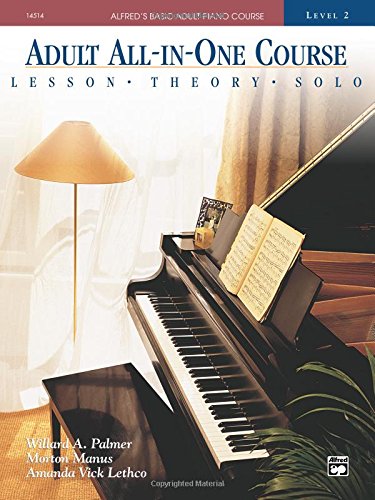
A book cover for Adult All-in-one Course: Alfred's Basic Adult Piano Course, Level 2; Willard Palmer; Humor & Entertainment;